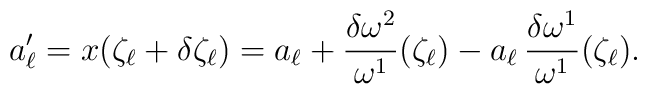
a'_\ell=x(\zeta_\ell+\delta\zeta_\ell)	=a_\ell+\frac{\delta\omega^2}{\omega^1}(\zeta_\ell)	-a_\ell\,\frac{\delta\omega^1}{\omega^1}(\zeta_\ell).